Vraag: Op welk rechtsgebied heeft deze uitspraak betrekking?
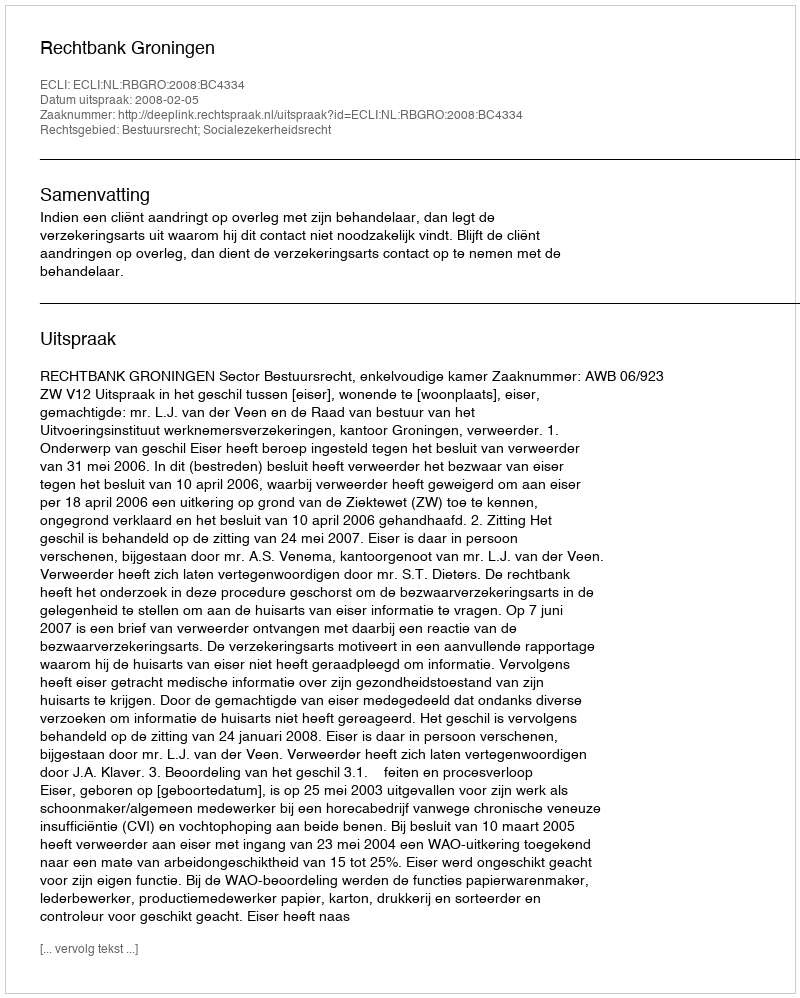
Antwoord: Bestuursrecht; Socialezekerheidsrecht